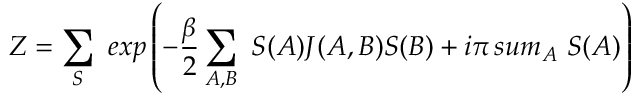
Z = \sum _ { S } \ e x p \left( - { \frac { \beta } { 2 } } \sum _ { A , B } \ S ( A ) J ( A , B ) S ( B ) + i \pi \, s u m _ { A } \ S ( A ) \right)